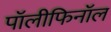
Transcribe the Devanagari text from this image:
पॉलीफिनॉल